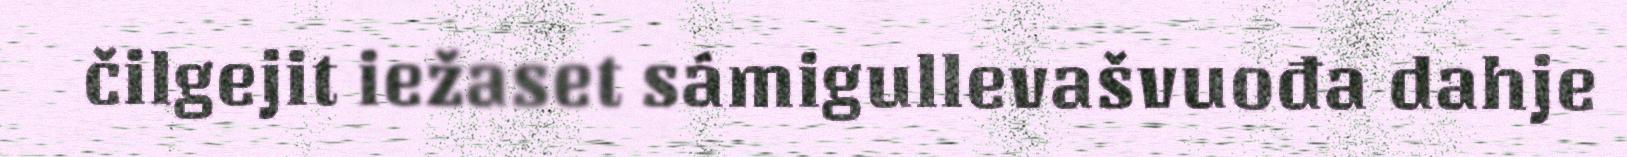
čilgejit iežaset sámigullevašvuođa dahje